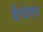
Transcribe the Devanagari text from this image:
बैचेलर